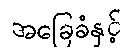
အခြေခံနှင့်